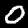
Digit: 0